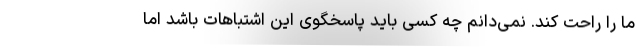
ما را راحت کند. نمی‌دانم چه کسی باید پاسخگوی این اشتباهات باشد اما